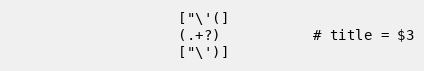
Language: PHP
                    ["\'(]
                    (.+?)           # title = $3
                    ["\')]